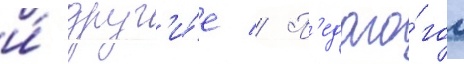
и́ друг'и́е // П'едаго́гом